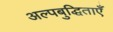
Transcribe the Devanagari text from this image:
अल्पबुद्धिताएँ